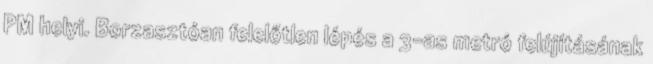
PM helyi. Borzasztóan felelőtlen lépés a 3-as metró felújításának